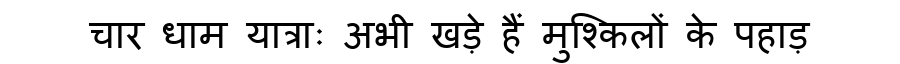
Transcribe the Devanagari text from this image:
चार धाम यात्राः अभी खड़े हैं मुश्किलों के पहाड़